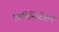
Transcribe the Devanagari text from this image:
एउमिनिस्ट्रेशन